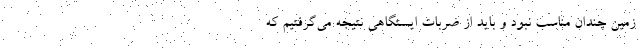
زمین چندان مناسب نبود و باید از ضربات ایستگاهی نتیجه می‌گرفتیم که